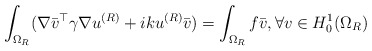
\begin{align*}\int_{\Omega_R} (\nabla \bar{v}^\top \gamma \nabla u^{(R)} + ik u^{(R)} \bar v) = \int_{\Omega_R} f\bar{v},\forall v\in H^1_0(\Omega_R)\end{align*}